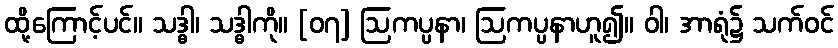
ထို့ကြောင့်ပင်။ သဒ္ဓါ၊ သဒ္ဓါကို။ [၀၇] ဩကပ္ပနာ၊ ဩကပ္ပနာဟူ၍။ ဝါ၊ အာရုံ၌ သက်ဝင်